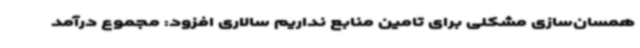
همسان‌سازی مشکلی برای تامین منابع نداریم سالاری افزود: مجموع درآمد